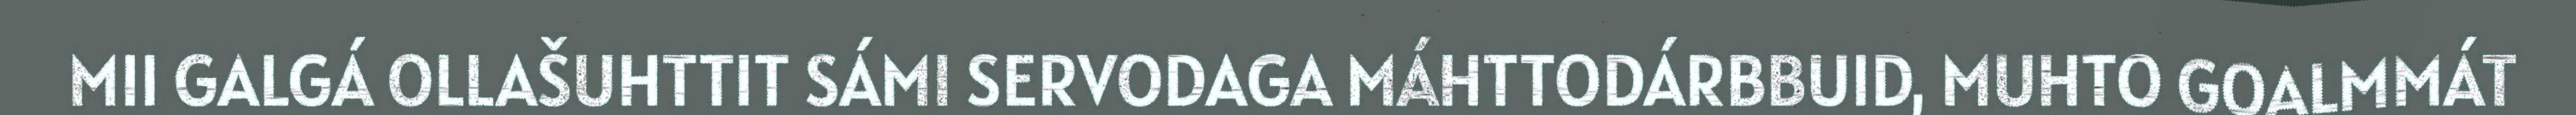
MII GALGÁ OLLAŠUHTTIT SÁMI SERVODAGA MÁHTTODÁRBBUID, MUHTO GOALMMÁT